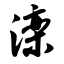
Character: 滦